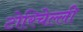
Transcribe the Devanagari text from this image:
टोरिचेल्ली